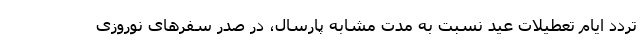
تردد ایام تعطیلات عید نسبت به مدت مشابه پارسال، در صدر سفر‌های نوروزی